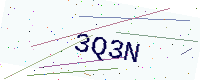
Text: 3Q3N